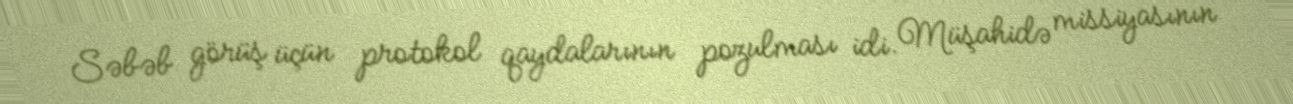
Səbəb görüş üçün protokol qaydalarının pozulması idi. Müşahidə missiyasının